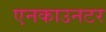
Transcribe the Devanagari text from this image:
एनकाउनटर